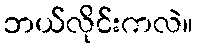
ဘယ်လိုင်းကလဲ။